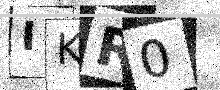
Text: IKR0